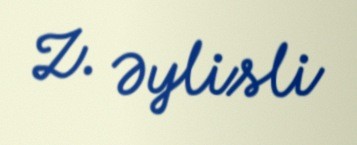
Z. Əylisli